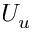
U _ { u }